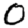
Digit: 0